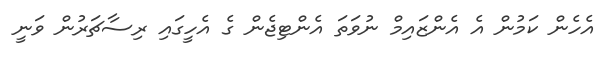
އެހެން ކަމުން އެ އެންޒައިމް ނުވަތަ އެންޓިޖެން ގެ އެހީގައި ރިސާޗަރުން ވަނީ